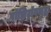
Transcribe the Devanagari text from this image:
पॉझिट्रॉनसुद्धा